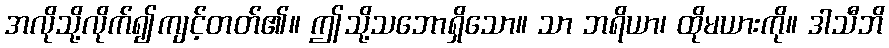
အလိုသို့လိုက်၍ကျင့်တတ်၏။ ဤသို့သဘောရှိသော။ သာ ဘရိယာ၊ ထိုမယားကို။ ဒါသီဘိ